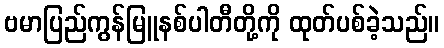
ဗမာပြည်ကွန်မြူနစ်ပါတီတို့ကို ထုတ်ပစ်ခဲ့သည်။